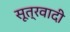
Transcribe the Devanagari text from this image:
सूत्रवादी